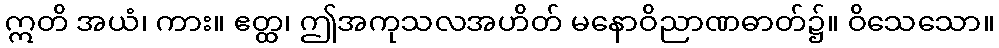
ဣတိ အယံ၊ ကား။ ဧတ္ထ၊ ဤအကုသလအဟိတ် မနောဝိညာဏဓာတ်၌။ ဝိသေသော။